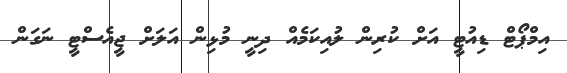
އިމްޕޯޓް ޑިއުޓީ އަށް ކުރިން ލުއިކަމެއް ދިނީ މުޅިން އަލަށް ޖީއެސްޓީ ނަގަން